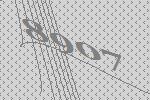
8907